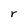
Character: r